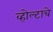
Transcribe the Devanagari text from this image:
व्होल्टाचे